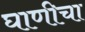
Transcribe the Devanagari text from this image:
घाणीचा